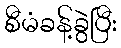
စီမံခန့်ခွဲပြီး